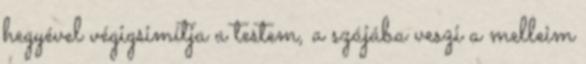
hegyével végigsimítja a testem, a szájába veszi a melleim